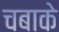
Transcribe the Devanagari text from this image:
चबाके